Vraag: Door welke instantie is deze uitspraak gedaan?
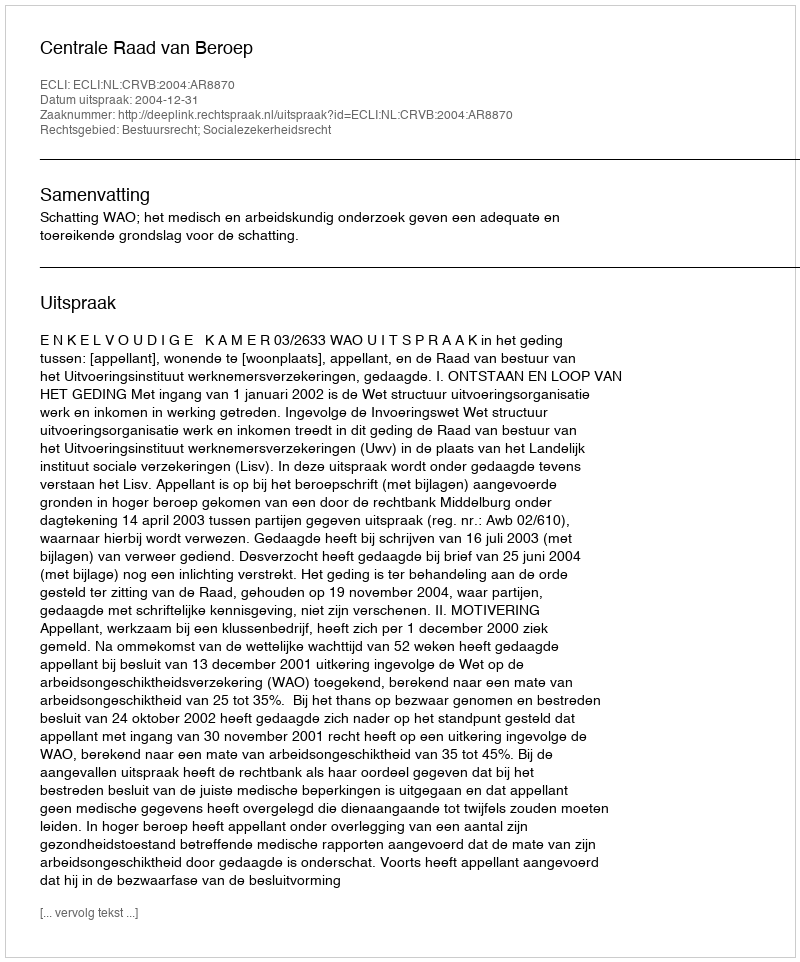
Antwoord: Centrale Raad van Beroep